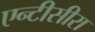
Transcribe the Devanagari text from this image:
एन्टीसीरा